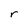
Character: r